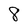
Character: 8